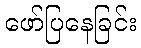
ဖော်ပြနေခြင်း